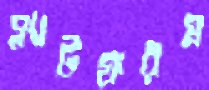
প্ল্যাটফরম